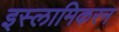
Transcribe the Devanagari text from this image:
इस्लामिकरन